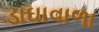
ડાઘાવાળા